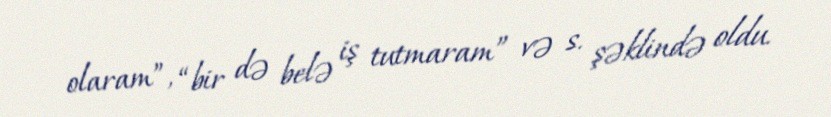
olaram”, “bir də belə iş tutmaram” və s. şəklində oldu.